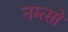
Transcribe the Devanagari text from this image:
नम्त्सो